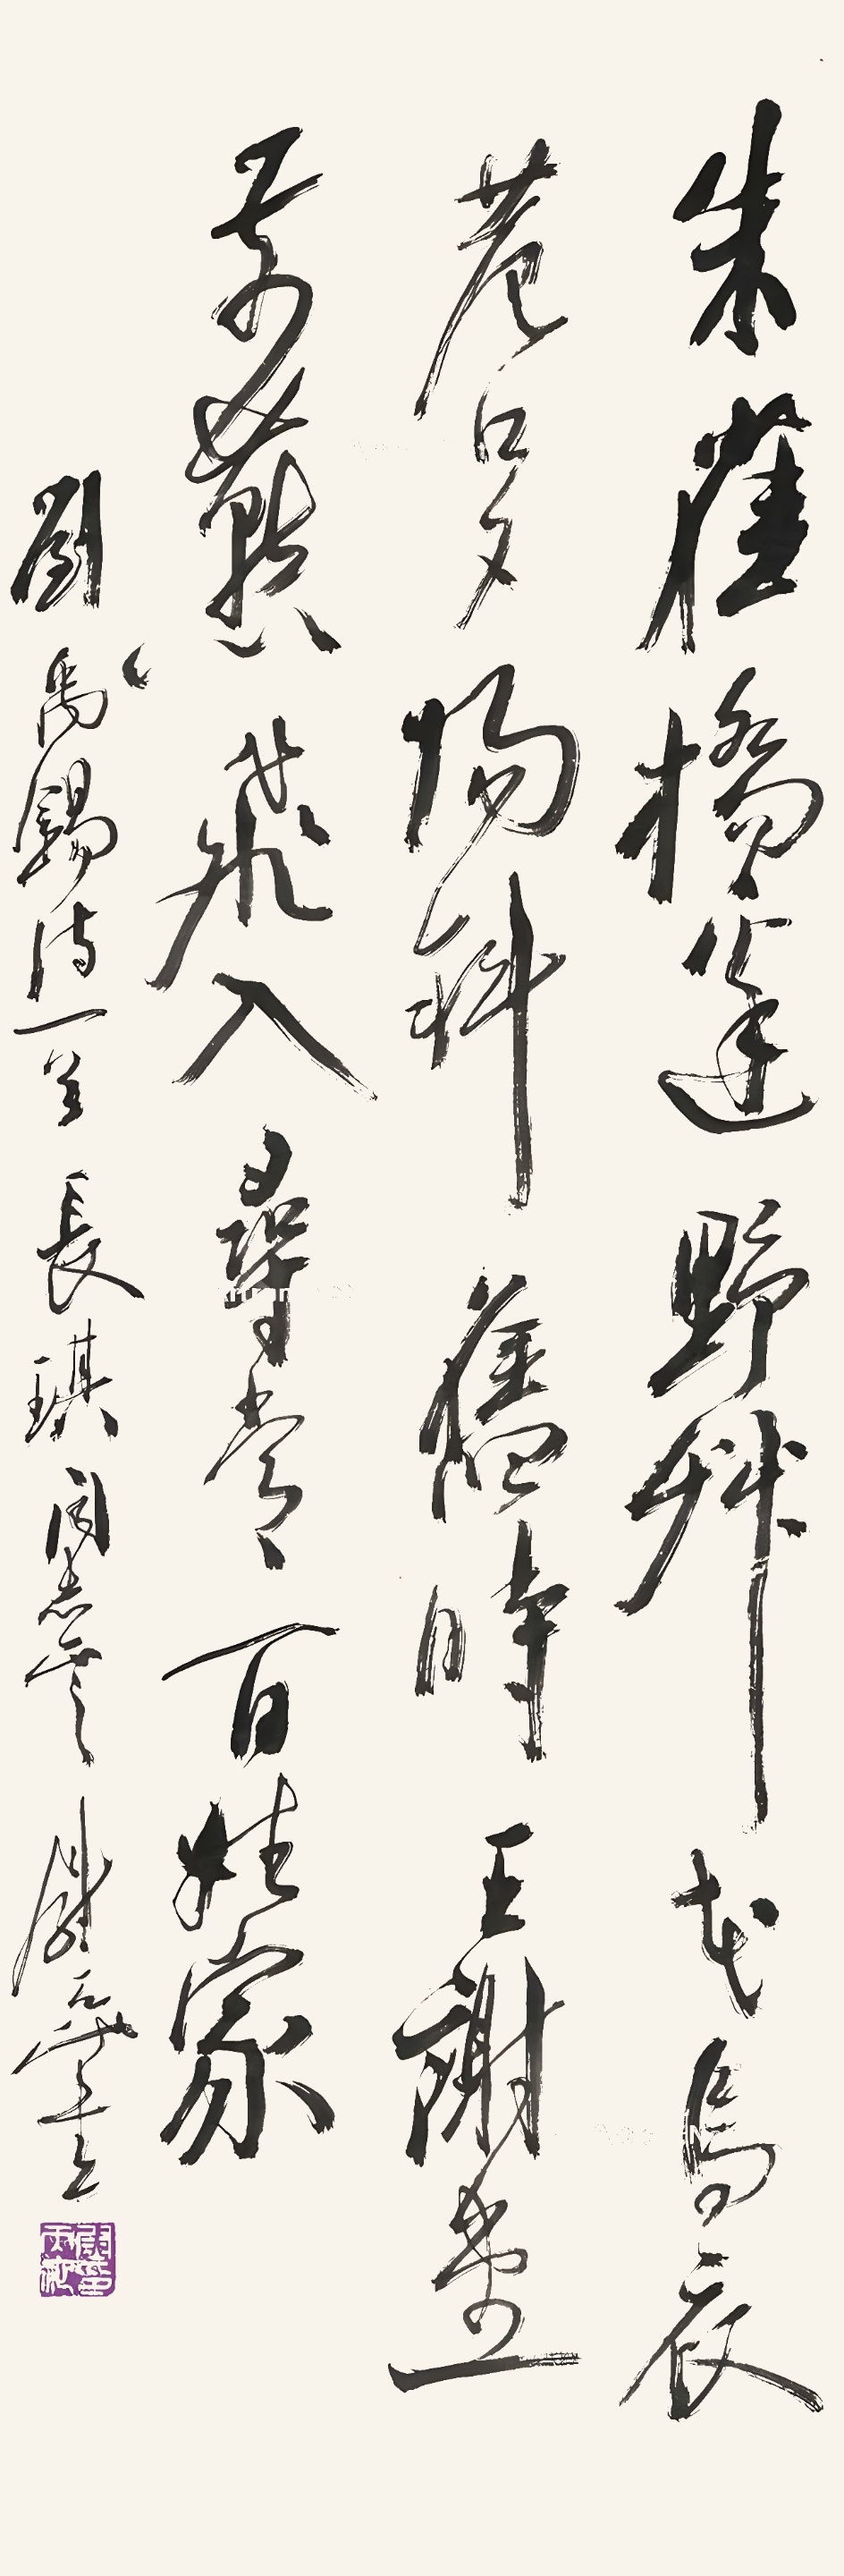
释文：朱雀桥边野草花，乌衣巷口夕阳斜。旧时王谢堂前燕，飞入寻常百姓家。刘禹锡诗一首，长琪同志正之，尉天池书。